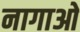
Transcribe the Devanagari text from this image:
नागाओ